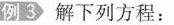
例3 解下列方程：